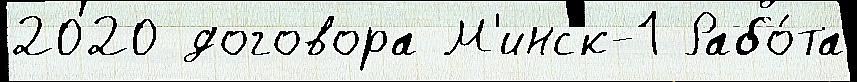
2020 договора М'инск-1 Рабо́та